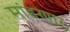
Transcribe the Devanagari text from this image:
मांडणार